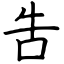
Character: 吿